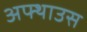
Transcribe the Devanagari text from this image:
अफ्थाउस